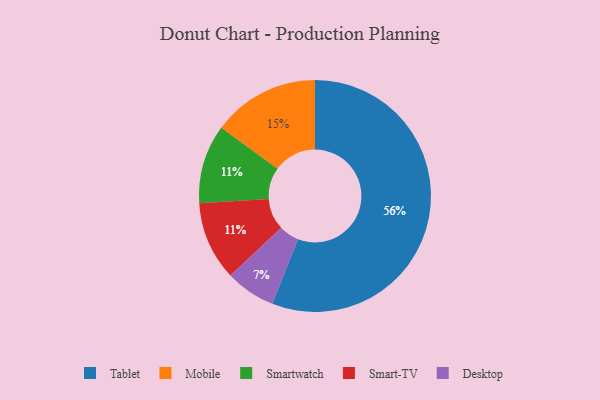
{"axis": {"x": "Category", "y": "Percentage"}, "legend": ["Desktop", "Mobile", "Smart-TV", "Smartwatch", "Tablet"], "data": [{"x": "Smartwatch", "y": 11, "type": "Smartwatch"}, {"x": "Smart-TV", "y": 11, "type": "Smart-TV"}, {"x": "Mobile", "y": 15, "type": "Mobile"}, {"x": "Desktop", "y": 7, "type": "Desktop"}, {"x": "Tablet", "y": 56, "type": "Tablet"}]}